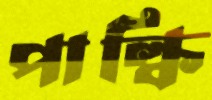
পাল্কি